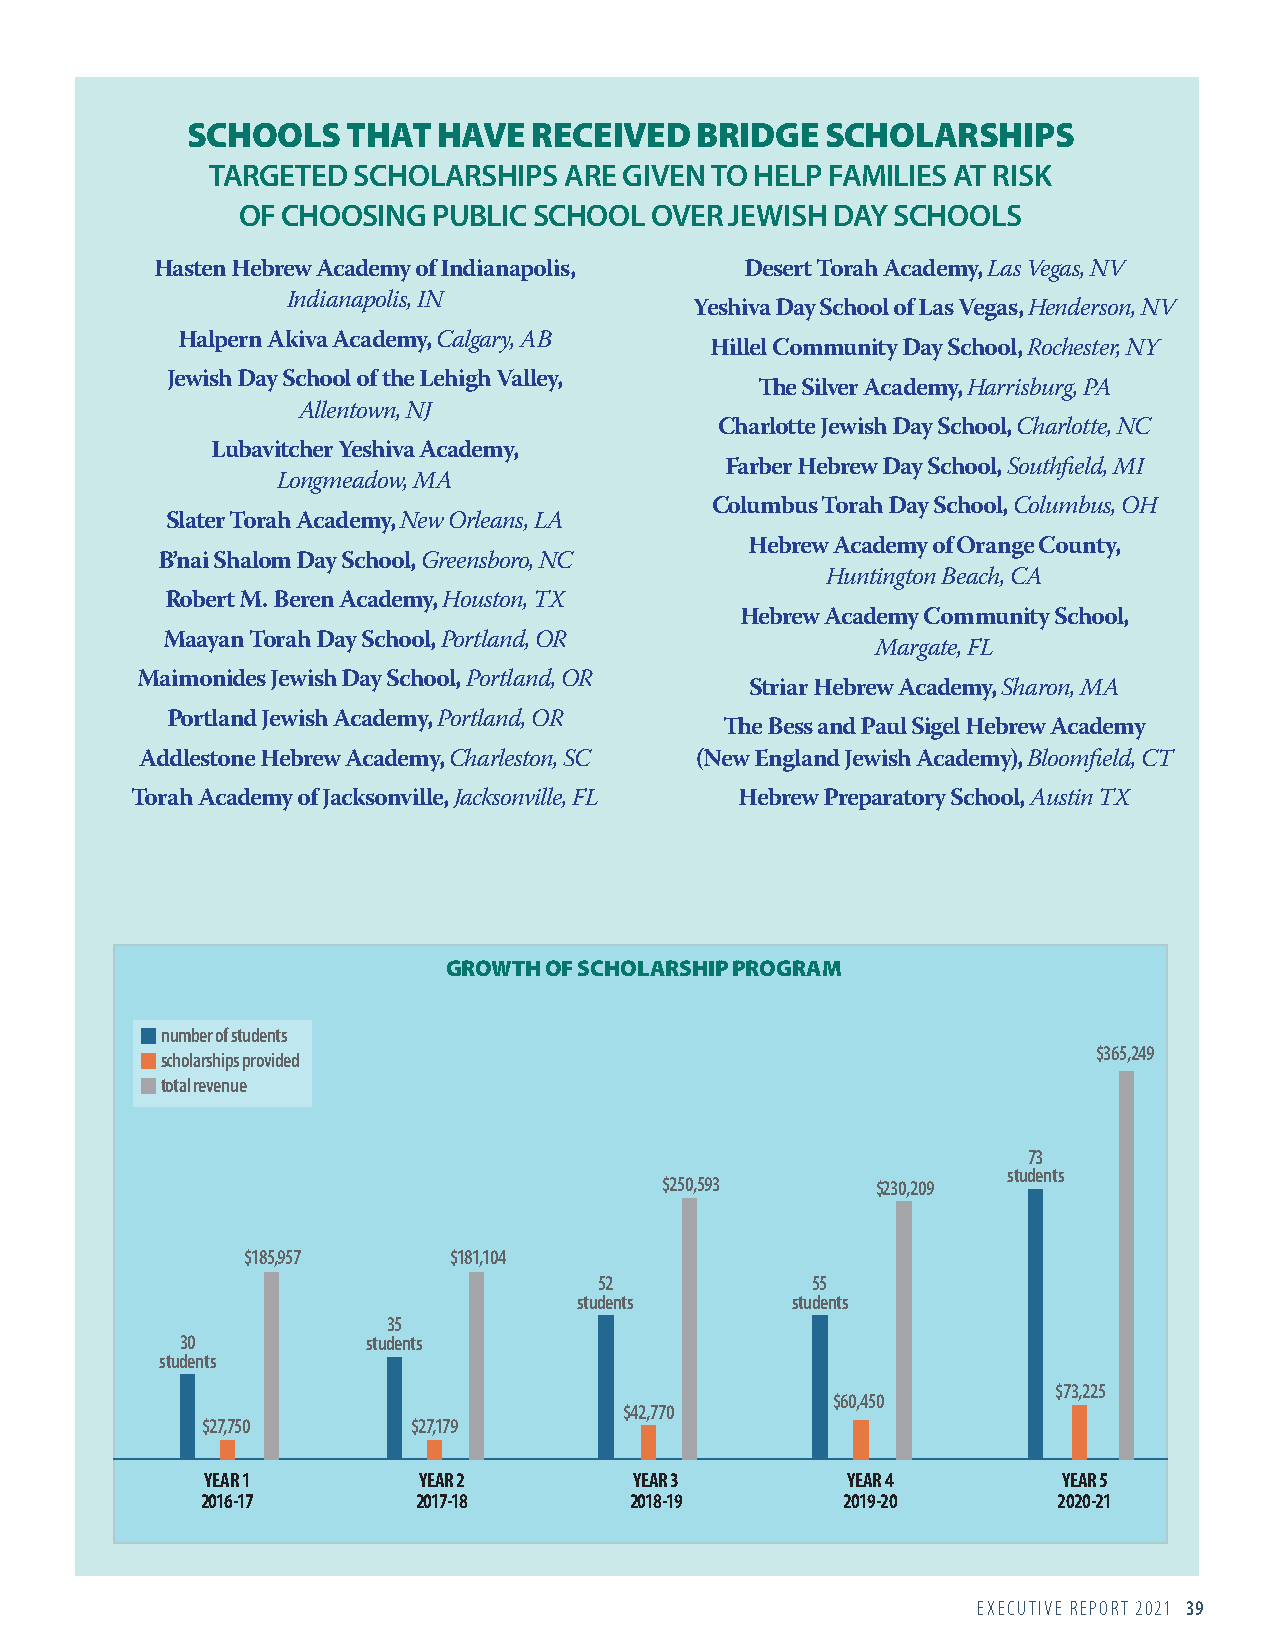
SCHOOLS    THAT  HAVE  RECEIVED   BRIDGE   SCHOLARSHIPS
 TARGETED SCHOLARSHIPS  ARE GIVEN TO HELP FAMILIES AT RISK
 OF CHOOSING  PUBLIC SCHOOL OVER JEWISH DAY SCHOOLS
 Hasten Hebrew Academy of Indianapolis, Desert Torah Academy, Las Vegas, NV
 Indianapolis, IN
 Yeshiva Day School of Las Vegas, Henderson, NV
 Halpern Akiva Academy, Calgary, AB
 Hillel Community Day School, Rochester, NY
 Jewish Day School of the Lehigh Valley,
 The Silver Academy, Harrisburg, PA
 Allentown, NJ
 Charlotte Jewish Day School, Charlotte, NC
 Lubavitcher Yeshiva Academy,
 Farber Hebrew Day School, Southfield, MI
 Longmeadow, MA
 Columbus Torah Day School, Columbus, OH
 Slater Torah Academy, New Orleans, LA
 Hebrew Academy of Orange County,
 B’nai Shalom Day School, Greensboro, NC
 Huntington Beach, CA
 Robert M. Beren Academy, Houston, TX
 Hebrew Academy Community School,
 Maayan Torah Day School, Portland, OR
 Margate, FL
 Maimonides Jewish Day School, Portland, OR
 Striar Hebrew Academy, Sharon, MA
 Portland Jewish Academy, Portland, OR
 The Bess and Paul Sigel Hebrew Academy
 Addlestone Hebrew Academy, Charleston, SC (New England Jewish Academy), Bloomfield, CT
 Torah Academy of Jacksonville, Jacksonville, FL Hebrew Preparatory School, Austin TX
 GROWTH OF SCHOLARSHIP PROGRAM
 number of students
 $365,249
 scholarships provided
 total revenue
 73
 students
 $250,593      $230,209
 $185,957      $181,104
 52            55
 students      students
 35
 30          students
 students
 $73,225
 $60,450
 $42,770
 $27,750       $27,179
 YEAR 1        YEAR 2        YEAR 3        YEAR 4        YEAR 5
 2016-17        2017-18       2018-19       2019-20       2020-21
 EXECUTIVE REPORT 2021 39